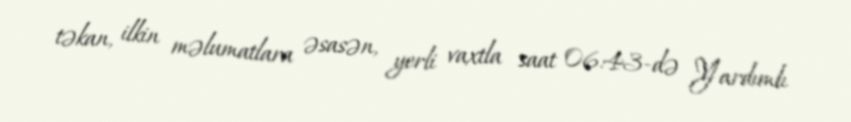
təkan, ilkin məlumatlara əsasən, yerli vaxtla saat 06:43-də Yardımlı